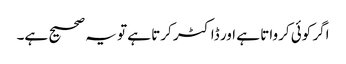
اگر کوئی کرواتا ہے اور ڈاکٹر کرتا ہے تو یہ صحیح ہے۔